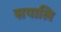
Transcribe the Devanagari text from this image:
सपालि